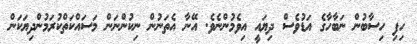
ހިފި ހިސާބުން ނަބާހާގެ އަޑުވެސް ދިޔައީ އިވެމުންނެވެ. އޭނާ އެތަނުން ނިކުންނަން މަސައްކަތްކުރަމުންދިޔަކަން